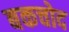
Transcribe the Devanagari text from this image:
बकचोद